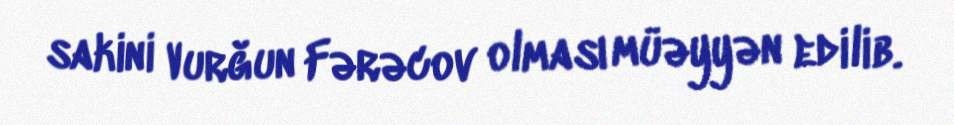
sakini Vurğun Fərəcov olması müəyyən edilib.